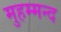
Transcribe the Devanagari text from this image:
मुहम्मन्द